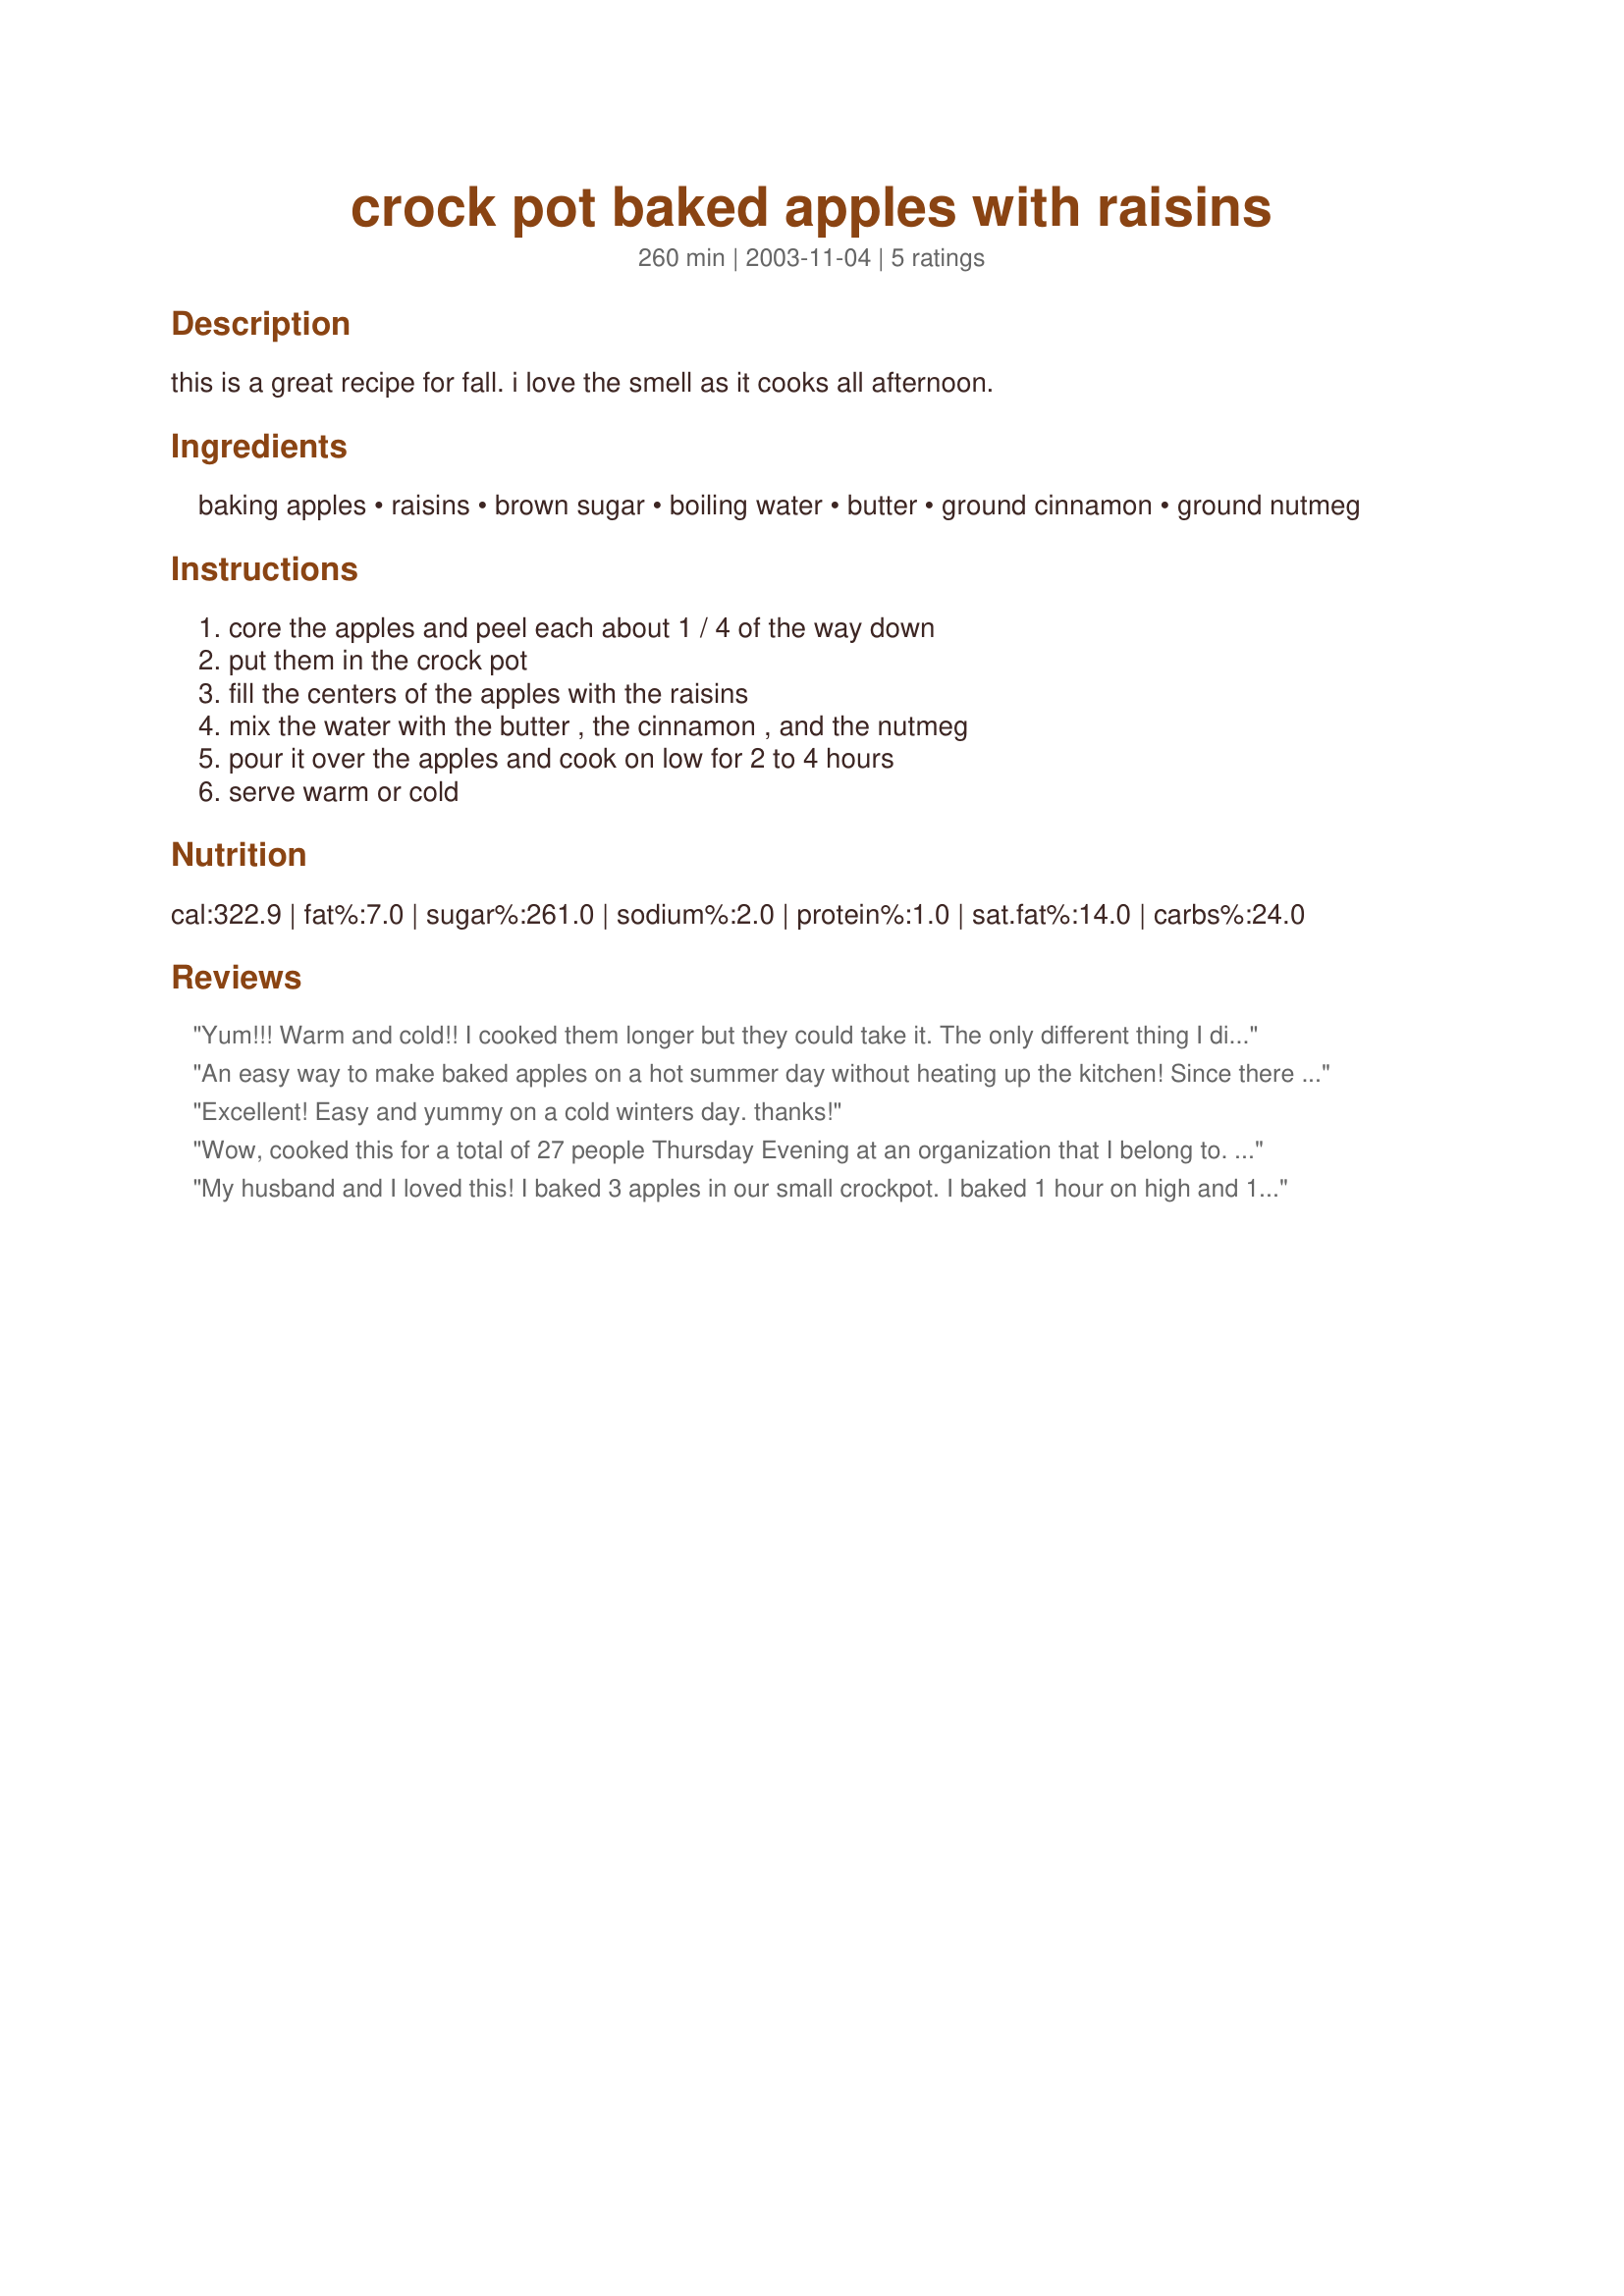
crock pot baked apples with raisins
Preparation time: 260 minutes

this is a great recipe for fall. i love the smell as it cooks all afternoon.

Ingredients:
baking apples, raisins, brown sugar, boiling water, butter, ground cinnamon, ground nutmeg

Steps:
core the apples and peel each about 1 / 4 of the way down, put them in the crock pot, fill the centers of the apples with the raisins, mix the water with the butter , the cinnamon , and the nutmeg, pour it over the apples and cook on low for 2 to 4 hours, serve warm or cold

Reviews:
Yum!!! Warm and cold!! I cooked them longer but they could take it. The only different thing I did was soaking the raisins in dark rum first.
My husband liked it with custard, for me...as they were cooked, but I liked it better cold, the syrup is then less sweet. Thank you for a nice, tasty and easy recipe!
An easy way to make baked apples on a hot summer day without heating up the kitchen! Since there are just the 2 of us and I have this tiny little crock pot, I only cooked 2 Granny Smith apples. It wasn't overly sweet & I served it with vanilla frozen yogurt. Thanx ladypit!
Excellent! Easy and yummy on a cold winters day. thanks!
Wow, cooked this for a total of 27 people Thursday Evening at an organization that I belong to. I cook one meal a month for them. 
This was awesome. I ran out of Baked Apples. Made it precisely according to recipe and it was simply devine.
I did add a bit of Fresh Ground Pepper to each apple.
Im not sure that a few red pepper flakes would not also suffice in enhancing the taste. 
But this was perfect just the way it was written
thanks 
Tasty and very refreshing.
Chef Angela Marie
My husband and I loved this! I baked 3 apples in our small crockpot. I baked 1 hour on high and 1/2 hour on low becauce my DH didn't want to wait 2 hours! I used 2 golden delicious apples and 1 fuji. Mmmm, this will be a treat and be made often! Thanks lady!
